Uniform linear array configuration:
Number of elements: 64
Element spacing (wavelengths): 0.25
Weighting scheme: cosine
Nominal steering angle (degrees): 0
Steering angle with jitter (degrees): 0.2325
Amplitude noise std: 0.05
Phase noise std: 0.05

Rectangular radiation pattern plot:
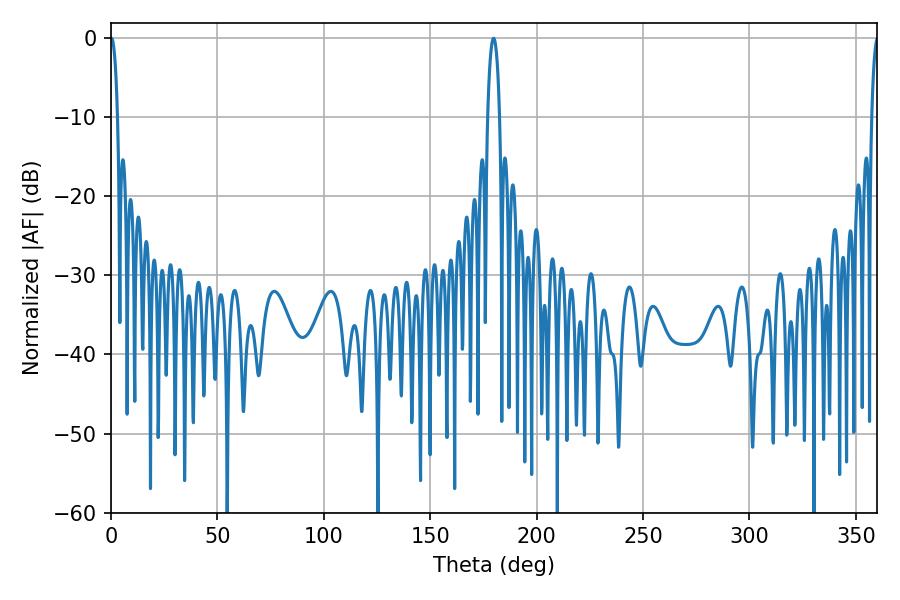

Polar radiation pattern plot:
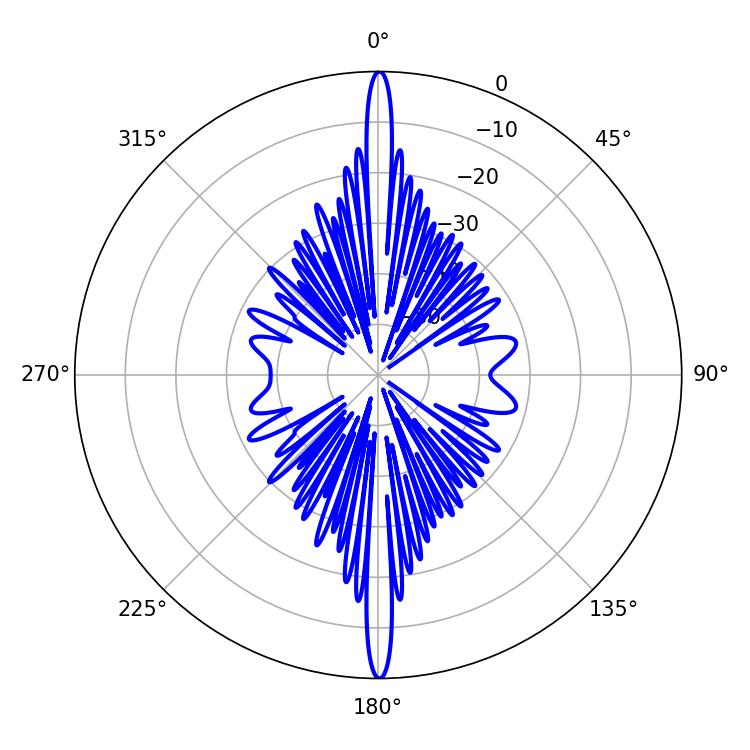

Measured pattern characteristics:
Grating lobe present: FALSE
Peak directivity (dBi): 35.901
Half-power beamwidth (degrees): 1.8
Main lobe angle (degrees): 0.18